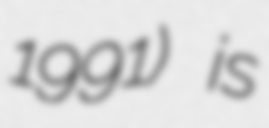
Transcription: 1991) is